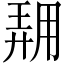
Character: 𱰟